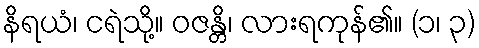
နိရယံ၊ ငရဲသို့။ ဝဇန္တိ၊ လားရကုန်၏။ (၁၊ ၃)